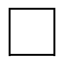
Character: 囗